Lunatic asylums in Bengal annual reports 1888-1898 - 1888-1898
Year: 1888
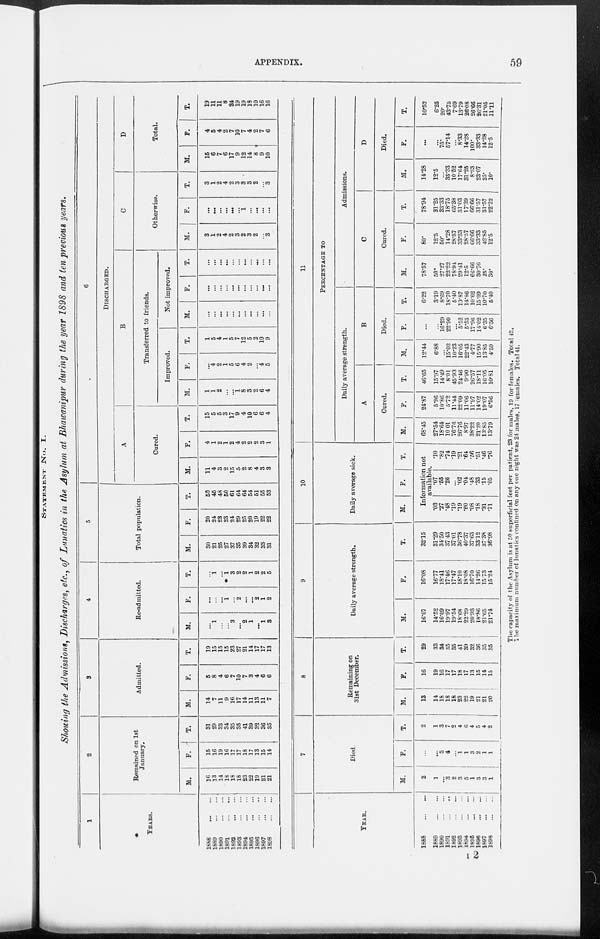
APPENDIX.
59
STATEMENT No. I.
Showing the Admissions, Discharges, etc., of Lunatics in the Asylum at Bhawanipur during the year 1898 and ten previous years.
1
YEARS.
1888
...
...
1889
...
...
1890
...
...
1891
...
...
1892
...
...
1893
...
...
1894
...
...
1895
...
...
1896
...
...
1897
...
...
1898
...
...
2
Remained on 1st
January.
M.
16
13
14
18
18
18
23
22
39
21
21
F.
15
16
19
16
17
17
18
17
13
15
14
T.
31
29
33
34
35
35
41
39
32
36
35
3
Admitted.
M.
14
7
11
9
16
17
14
11
13
11
7
F.
5
8
4
6
7
10
7
3
4
6
6
T.
19
15
15
15
23
27
21
14
17
17
13
4
Re-admitted.
M.
...
1
...
...
3
...
2
1
...
1
3
F.
...
...
...
1
...
2
...
...
2
1
2
T.
...
1
...
1
3
2
2
1
2
2
5
5
Total population.
M.
30
21
25
27
37
35
39
34
32
33
31
F.
20
24
23
23
24
29
25
20
19
22
22
T.
50
45
48
50
61
64
64
54
51
55
53
6
DISCHARGED.
A
Cured.
M.
11
4
3
2
15
5
2
8
4
3
3
F.
4
1
2
1
2
4
2
2
2
3
1
T.
15
5
5
3
17
9
4
10
6
6
4
B
Transferred to friends.
Improved.
M.
1
1
2
...
...
1
8
3
2
6
4
F.
...
4
2
1
5
6
4
2
...
4
5
T.
1
5
4
1
5
7
12
5
2
10
9
Not improved.
M.
...
...
...
...
...
...
...
...
...
...
...
F.
...
...
...
...
...
...
...
...
...
...
...
T.
...
...
...
...
...
...
...
...
...
...
...
C
Otherwise.
M.
3
1
2
4
2
3
2
3
2
...
3
F.
...
...
...
...
...
...
1
...
...
...
...
T.
3
1
2
4
2
3
3
3
2
...
3
D
Total.
M.
15
6
7
6
17
9
12
14
8
9
10
F.
4
5
4
2
7
10
7
4
2
7
6
T.
19
11
11
8
24
19
19
18
10
16
16
YEAR.
1888
...
...
1889
...
...
1890
...
...
1891
...
...
1892
...
...
1893
...
...
1894
...
...
1895
...
...
1896
...
...
1897 ... ...
1898 ... ...
7
Died.
M.
2
1
...
3
2
3
5
1
3
3
1
F.
...
...
3
4
...
1
1
3
2
1
1
T.
2
1
3
7
2
4
6
4
5
4
2
8
Remaining on
31st December.
M.
13
14
18
18
18
23
22
19
21
21
20
F.
16
19
16
17
17
18
17
13
15
14
15
T.
29
33
34
35
35
41
39
32
36
35
35
9
Daily average strength.
M.
16.07
14.52
16.09
19.97
19.54
18.68
22.29
20.93
18.86
21.65
21.74
F.
16.08
16.77
18.41
17.46
17.47
18.10
18.08
16.70
14.26
15.73
15.24
T.
32.15
31.29
34.50
37.43
37.01
36.78
40.37
37.63
33.12
37.38
36.98
10
Daily average sick.
M.
F.
T.
Information not
available.
.03
.27
.48
.19
.19
.60
.08
.18
.31
.71
.07
.55
.26
...
.02
.04
.48
.33
.15
.05
.10
.82
.74
.19
.21
.64
.56
.51
.46
.76
11
PERCENTAGE TO
Daily average strength.
A
Cured.
M.
68.45
27.54
18.64
10.01
76.76
26.76
8.97
38.22
21.20
13.85
13.79
F.
24.87
5.96
10.86
5.72
11.44
22.09
11.06
11.97
14.02
19.07
6.56
T.
46.65
15.97
14.49
8.01
45.93
24.46
9.90
26.57
18.11
16.05
10.81
B
Died.
M.
12.44
6.88
...
15.02
10.23
16.05
22.43
4.77
15.90
13.85
4.59
F.
...
...
16.29
22.90
...
5.52
5.53
17.96
14.02
6.35
6.56
T.
6.22
3.19
8.69
18.70
5.40
10.87
14.86
10.62
15.09
10.70
5.40
Admissions.
C
Cured.
M.
78.57
50.
27.27
22.22
78.94
29.41
12.5
66.66
30.76
25.
30.
F.
80.
12.5
50.
14.28
28.57
33.33
28.57
66.66
33.33
42.85
12.5
T.
78.94
31.25
33.33
18.75
65.38
31.03
17.39
66.66
31.57
31.57
22.22
D
Died.
M.
14.28
12.5
...
33.33
10.52
17.64
31.25
8.33
23.07
25.
10.
F.
...
...
75.
57.14
...
8.33
14.28
100.
33.33
14.28
12.5
T.
10.52
6.25
20.
43.75
7.69
13.79
26.08
26.66
26.31
21.05
11.11
The capacity of the Asylum is at 50 superficial feet per patient, 23 for males, 19 for females. Total 42.
The maximum number of lunatics confined on any one night was 24 males, 17 females. Total 41.